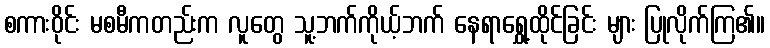
စကားဝိုင်း မစမီကတည်းက လူတွေ သူ့ဘက်ကိုယ့်ဘက် နေရာရွှေ့ထိုင်ခြင်း များ ပြုလိုက်ကြ၏။